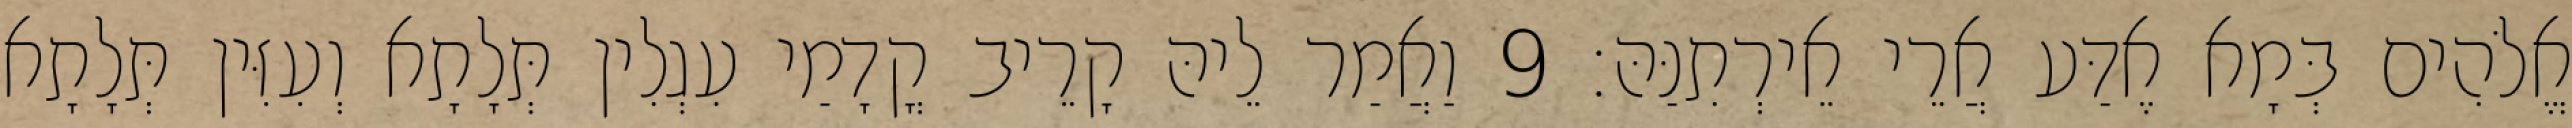
אֱלֹהִים בְּמָא אֶדַּע אֲרֵי אֵירְתִנַּהּ׃ 9 וַאֲמַר לֵיהּ קָרֵיב קֳדָמַי עִגְלִין תְּלָתָא וְעִזִּין תְּלָתָא